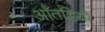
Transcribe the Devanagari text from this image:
आँतड़ियों